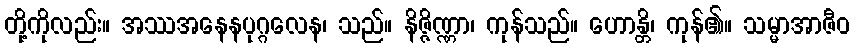
တို့ကိုလည်း။ အဿအနေနပုဂ္ဂလေန၊ သည်။ နိဇ္ဇိဏ္ဏာ၊ ကုန်သည်။ ဟောန္တိ၊ ကုန်၏။ သမ္မာအာဇီဝ